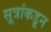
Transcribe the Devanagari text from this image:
सूत्रांकडून